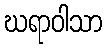
ဃရာဝါသာ